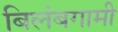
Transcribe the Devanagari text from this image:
बिलंबगामी